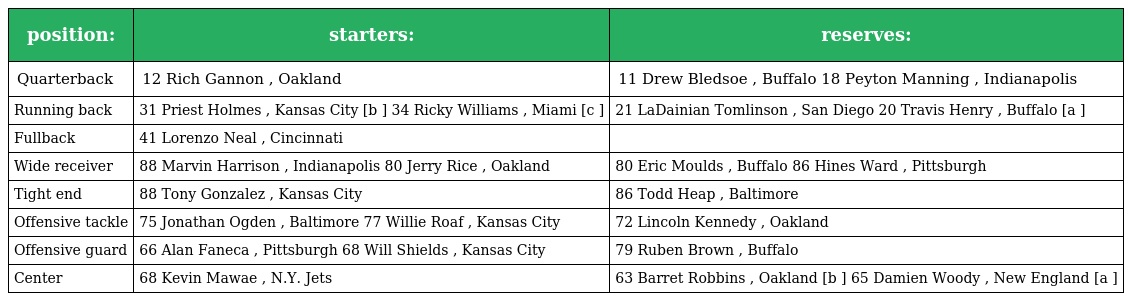
| position: | starters: | reserves: |
 | --- | --- | --- |
 | Quarterback | 12 Rich Gannon , Oakland | 11 Drew Bledsoe , Buffalo 18 Peyton Manning , Indianapolis |
 | Running back | 31 Priest Holmes , Kansas City [b ] 34 Ricky Williams , Miami [c ] | 21 LaDainian Tomlinson , San Diego 20 Travis Henry , Buffalo [a ] |
 | Fullback | 41 Lorenzo Neal , Cincinnati |  |
 | Wide receiver | 88 Marvin Harrison , Indianapolis 80 Jerry Rice , Oakland | 80 Eric Moulds , Buffalo 86 Hines Ward , Pittsburgh |
 | Tight end | 88 Tony Gonzalez , Kansas City | 86 Todd Heap , Baltimore |
 | Offensive tackle | 75 Jonathan Ogden , Baltimore 77 Willie Roaf , Kansas City | 72 Lincoln Kennedy , Oakland |
 | Offensive guard | 66 Alan Faneca , Pittsburgh 68 Will Shields , Kansas City | 79 Ruben Brown , Buffalo |
 | Center | 68 Kevin Mawae , N.Y. Jets | 63 Barret Robbins , Oakland [b ] 65 Damien Woody , New England [a ] |